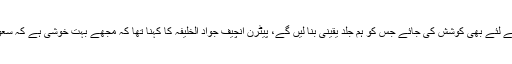
اس کے علاوہ ہماری کوشش ہے کہ انٹرنیشنل میچ کھیلنے کے لئے بھی کوشش کی جائے جس کو ہم جلد یقینی بنا لیں گے، پیٹرن انچیف جواد الخلیفہ کا کہنا تھا کہ مجھے بہت خوشی ہے کہ سعودی عرب میں کرکٹ کی بھرپور حوصلہ افزائی ہو رہی ہے۔